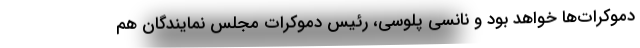
دموکرات‌ها خواهد بود و نانسی پلوسی، رئیس دموکرات مجلس نمایندگان هم